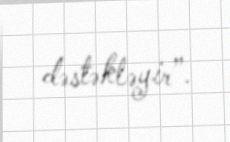
dəstəkləyir”.